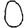
Digit: 0